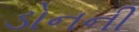
ડોનની